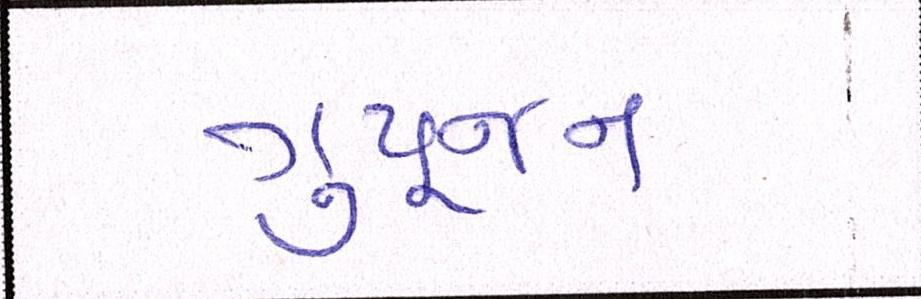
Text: ગુપૂજન